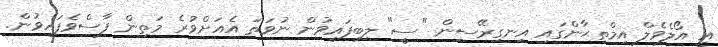
އީ އޯލެވެލް އިމްތިޙާންގައި އިނގިރޭސިން "ސީ" ލިބިފައިވުން ނުވަތަ އެއަށްވުރެ މަތިން ފާސްވެފައިވުން.